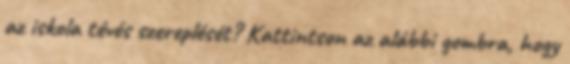
az iskola tévés szereplését? Kattintson az alábbi gombra, hogy